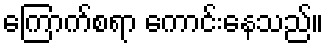
ကြောက်စရာ ကောင်းနေသည်။